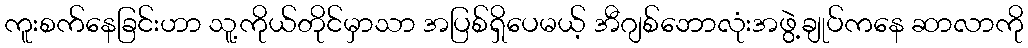
ကူးစက်နေခြင်းဟာ သူ့ကိုယ်တိုင်မှာသာ အပြစ်ရှိပေမယ့် အီဂျစ်ဘောလုံးအဖွဲ့ချုပ်ကနေ ဆာလာကို